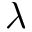
\lambda